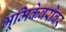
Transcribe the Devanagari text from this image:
भूमिकेबरोबर